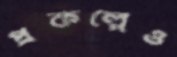
প্রকল্পেও